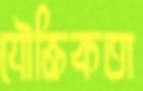
যৌক্তিকতা